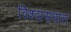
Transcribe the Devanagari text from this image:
विश्वासधात्त